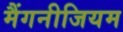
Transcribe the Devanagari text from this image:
मैंगनीजियम